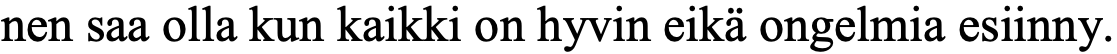
nen saa olla kun kaikki on hyvin eikä ongelmia esiinny.